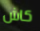
كاش